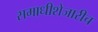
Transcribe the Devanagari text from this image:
समाधीशेजारीच